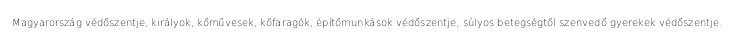
Magyarország védőszentje, királyok, kőművesek, kőfaragók, építőmunkások védőszentje, súlyos betegségtől szenvedő gyerekek védőszentje.